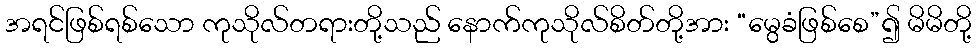
အရင်ဖြစ်ရစ်သော ကုသိုလ်တရားတို့သည် နောက်ကုသိုလ်စိတ်တို့အား “မွေခံဖြစ်စေ”၍ မိမိတို့